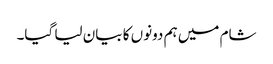
شام میں ہم دونوں کا بیان لیا گیا۔